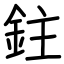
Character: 鉒